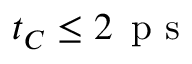
t _ { C } \le 2 \, \mathrm { ~ p ~ s ~ }